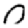
Digit: 0